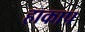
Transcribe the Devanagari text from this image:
हाकाप